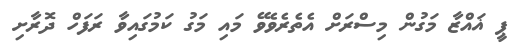
ޕީ ޣައްޒާ މަގުން މިސްރަށް އެތެރެވެވޭ މައި މަގު ކަމުގައިވާ ރަފަހް ދޮރާށި